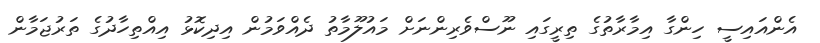
އެންއައިސީ ހިންގާ އިމާރާތުގެ ތިރީގައި ނޫސްވެރިންނަށް މައުލޫމާތު ދެއްވަމުން އިދިކޮޅު އިއްތިހާދުގެ ތަރުޖަމާން